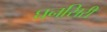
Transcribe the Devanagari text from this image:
घनसिरी